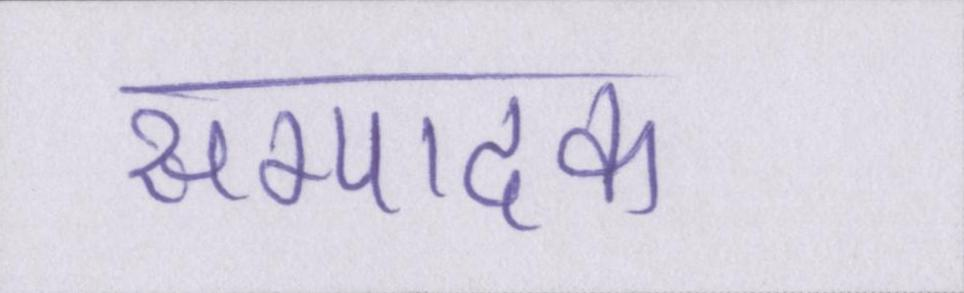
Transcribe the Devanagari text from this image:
सम्पादक